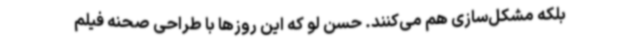
بلکه مشکل‌سازی هم می‌کنند. حسن لو که این روزها با طراحی صحنه فیلم